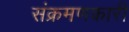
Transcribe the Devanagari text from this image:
संक्रमणकारी